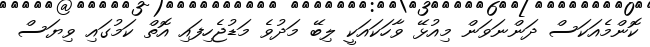
ކޮންމެއަކަސް ދަންނަވަން މިއުޅޭ ވާހަކައަކީ ލިބޭ މަދުވެ މަޑުޖެހިފައި އޮތް ކަމުގައި ވިޔަސް